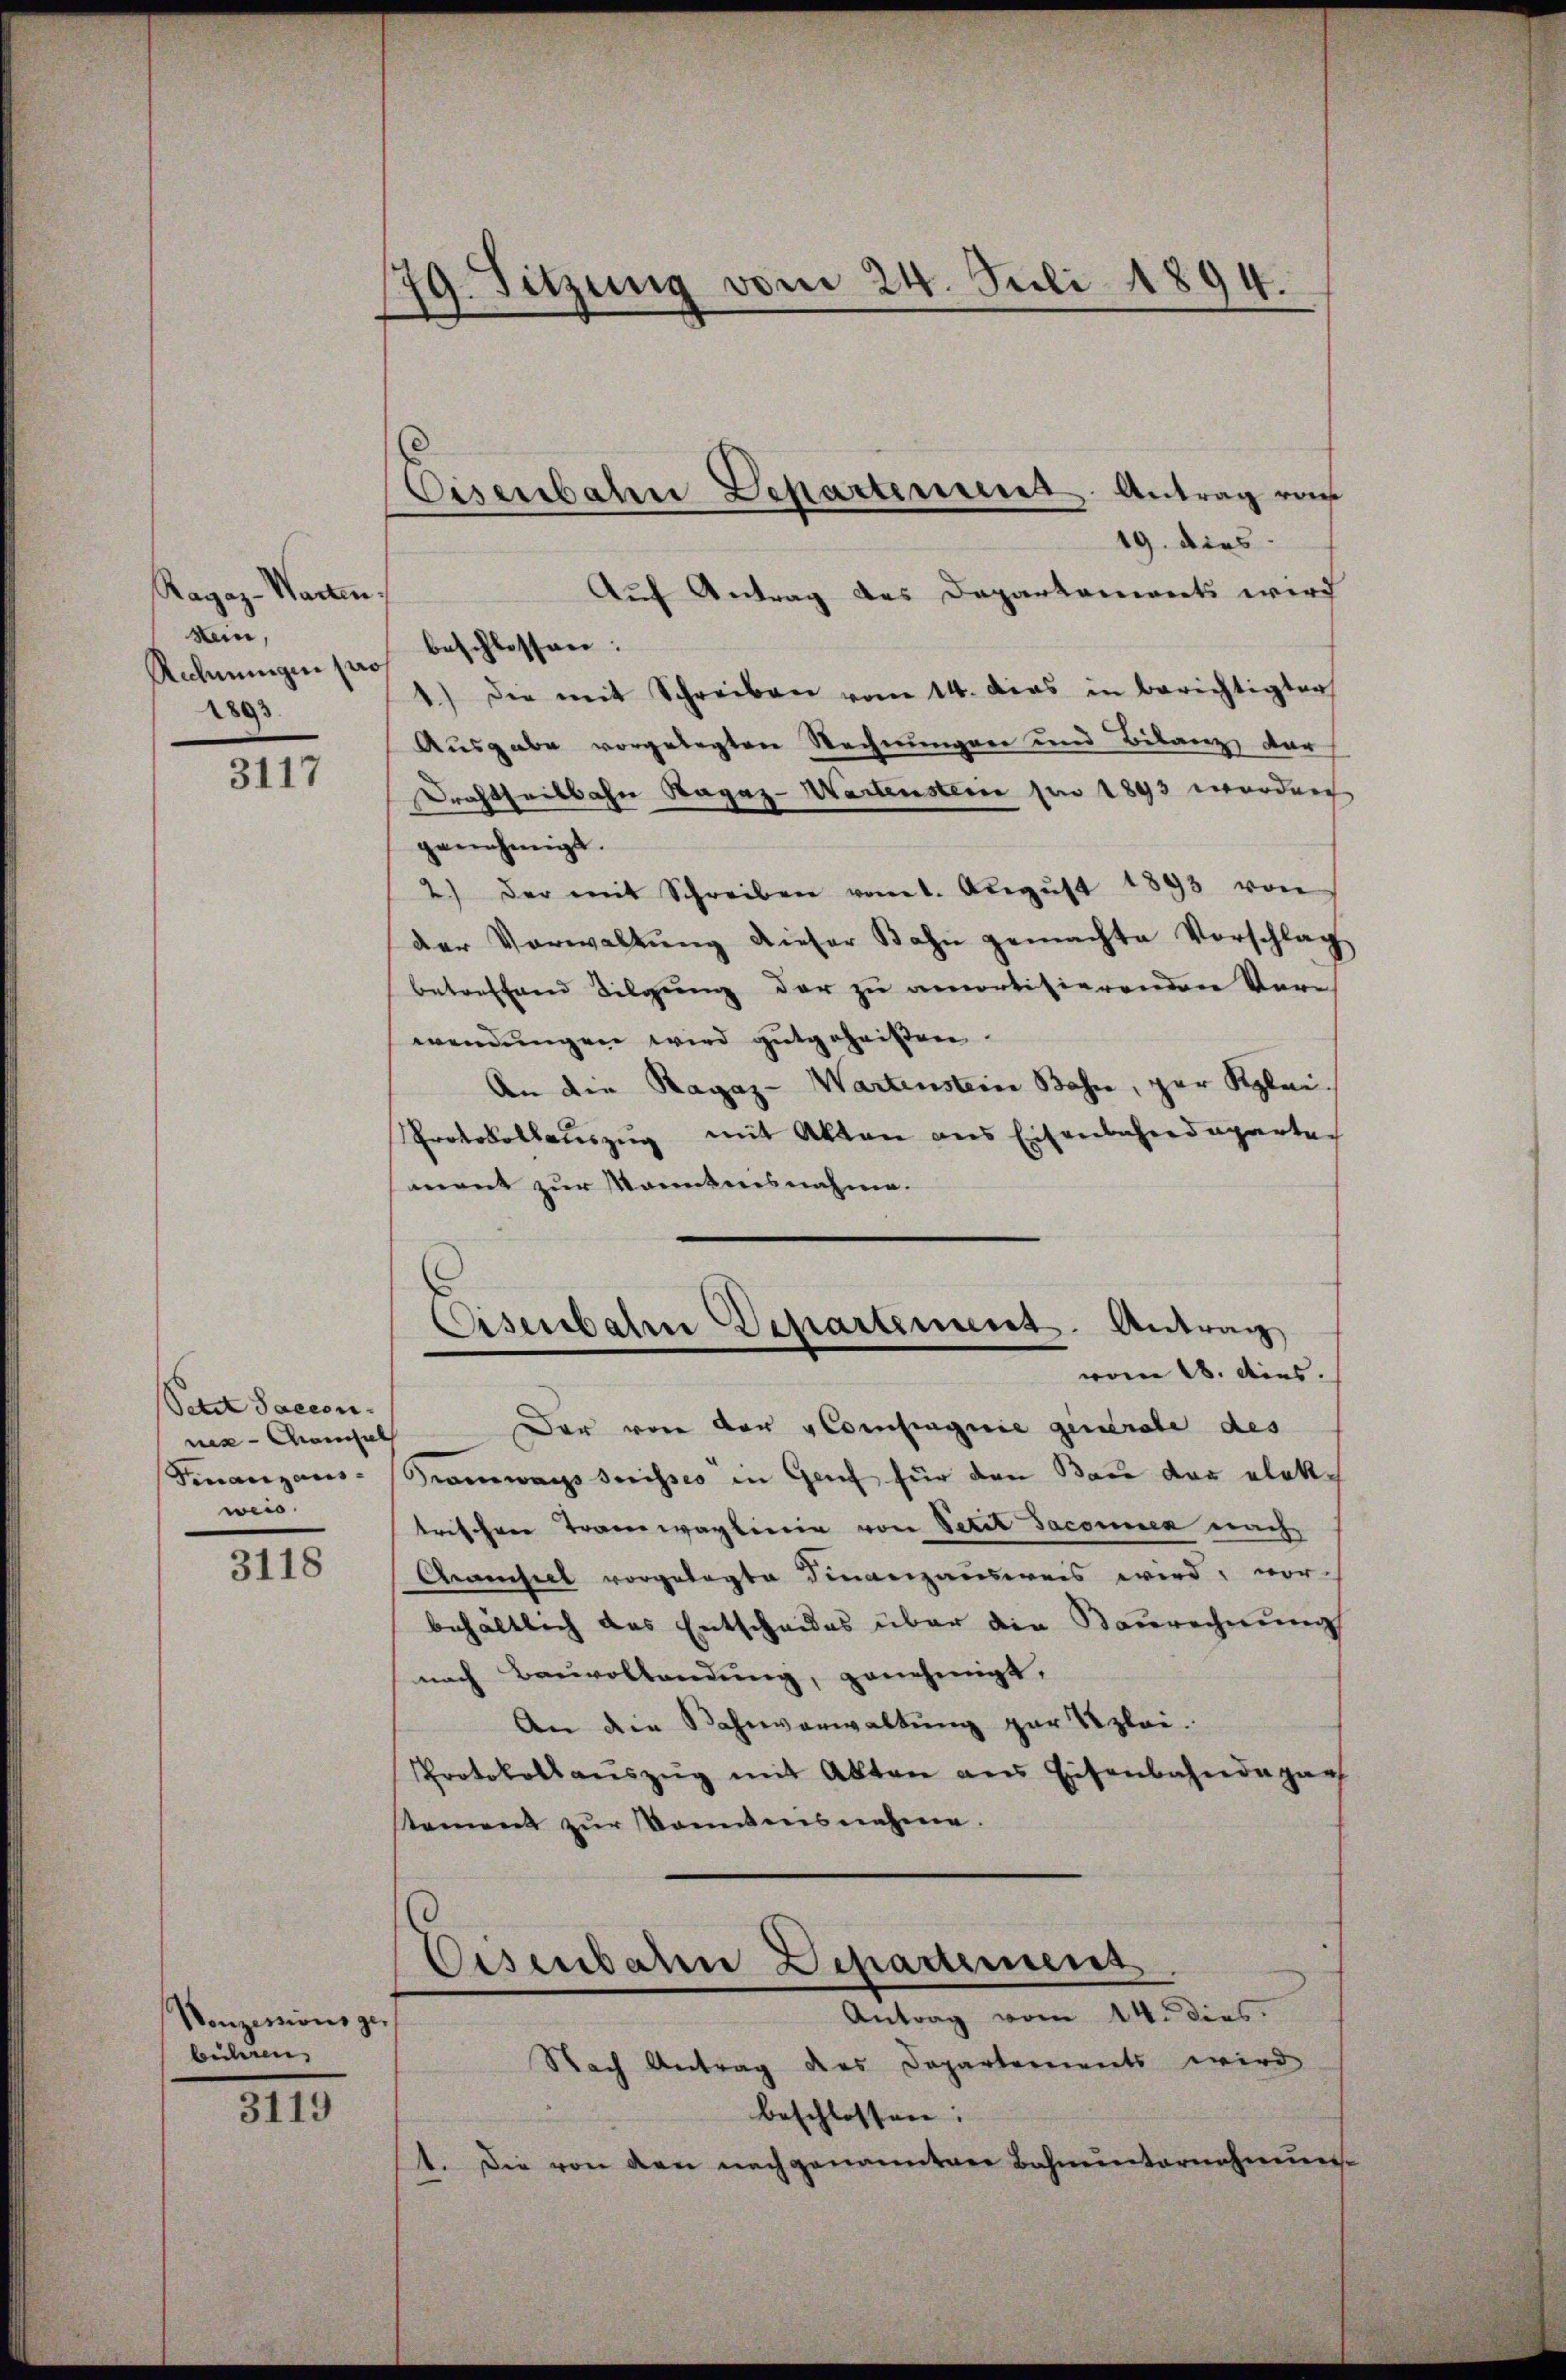
Ragaz-Warten.
Nein,
Rechnungen pro
1893

3117

Setzt Saccon.
nis-Manhal
weis.

3118

Vonzessionsger
beiligen

3119

179. Sitzung vom 24. Juli 1894.

Eisenbahn Departement Antrag von

19. dies
Auf Antrag des Departements wird
beschlossen:
1.) Die mit Schreiben vom 14. Das in berichtigten
Ausgabe vorgelegten Rechnungen und Bilanz dar
Drachtheilbahn Ragaz-Wartenstein pro 1893 wurden
genehmigt.
2.) Der mit Schreiben vom 1. Aŭgŭst 1893 von
der Vorwaltung dieser Bahn gemachte Vorschlag
betreffend Tilgung der zu amortisierenden Ver
wendungen wird gutgeheißen.
An die Ragaz - Wartenstein Bahn, zur Klei¬
Protokollauszug mit Akten aus Eisenbahndeparten
sament zur Manntnisnahme.
Cisenbahre Departement. Antrag
vom 18. Ains.
Der von der Aloisiagnie generale des
Finanzans-Tramwags suisses in Genf für den Bau der elektrischen Tramwaglinie von Petit Jaconen nach
Camseel vorgelegte Finanzausweis wird, vor-
behältlich das Entscheides über die Baurechnung
nach Bauvollendung, genehmigt.
An die Bahnverwaltung zur Szlei.
Protokollauszug mit Akten aus Eisenbahndepar
stament zŭr Komitnisnahme.
Eisenbaren Departement
Antrag vom 14. dies
Nach Antrag des Departements wird
beschlossen:
1. Die von den nachgenannten Bahnunternehmung